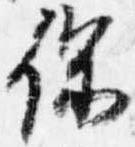
保